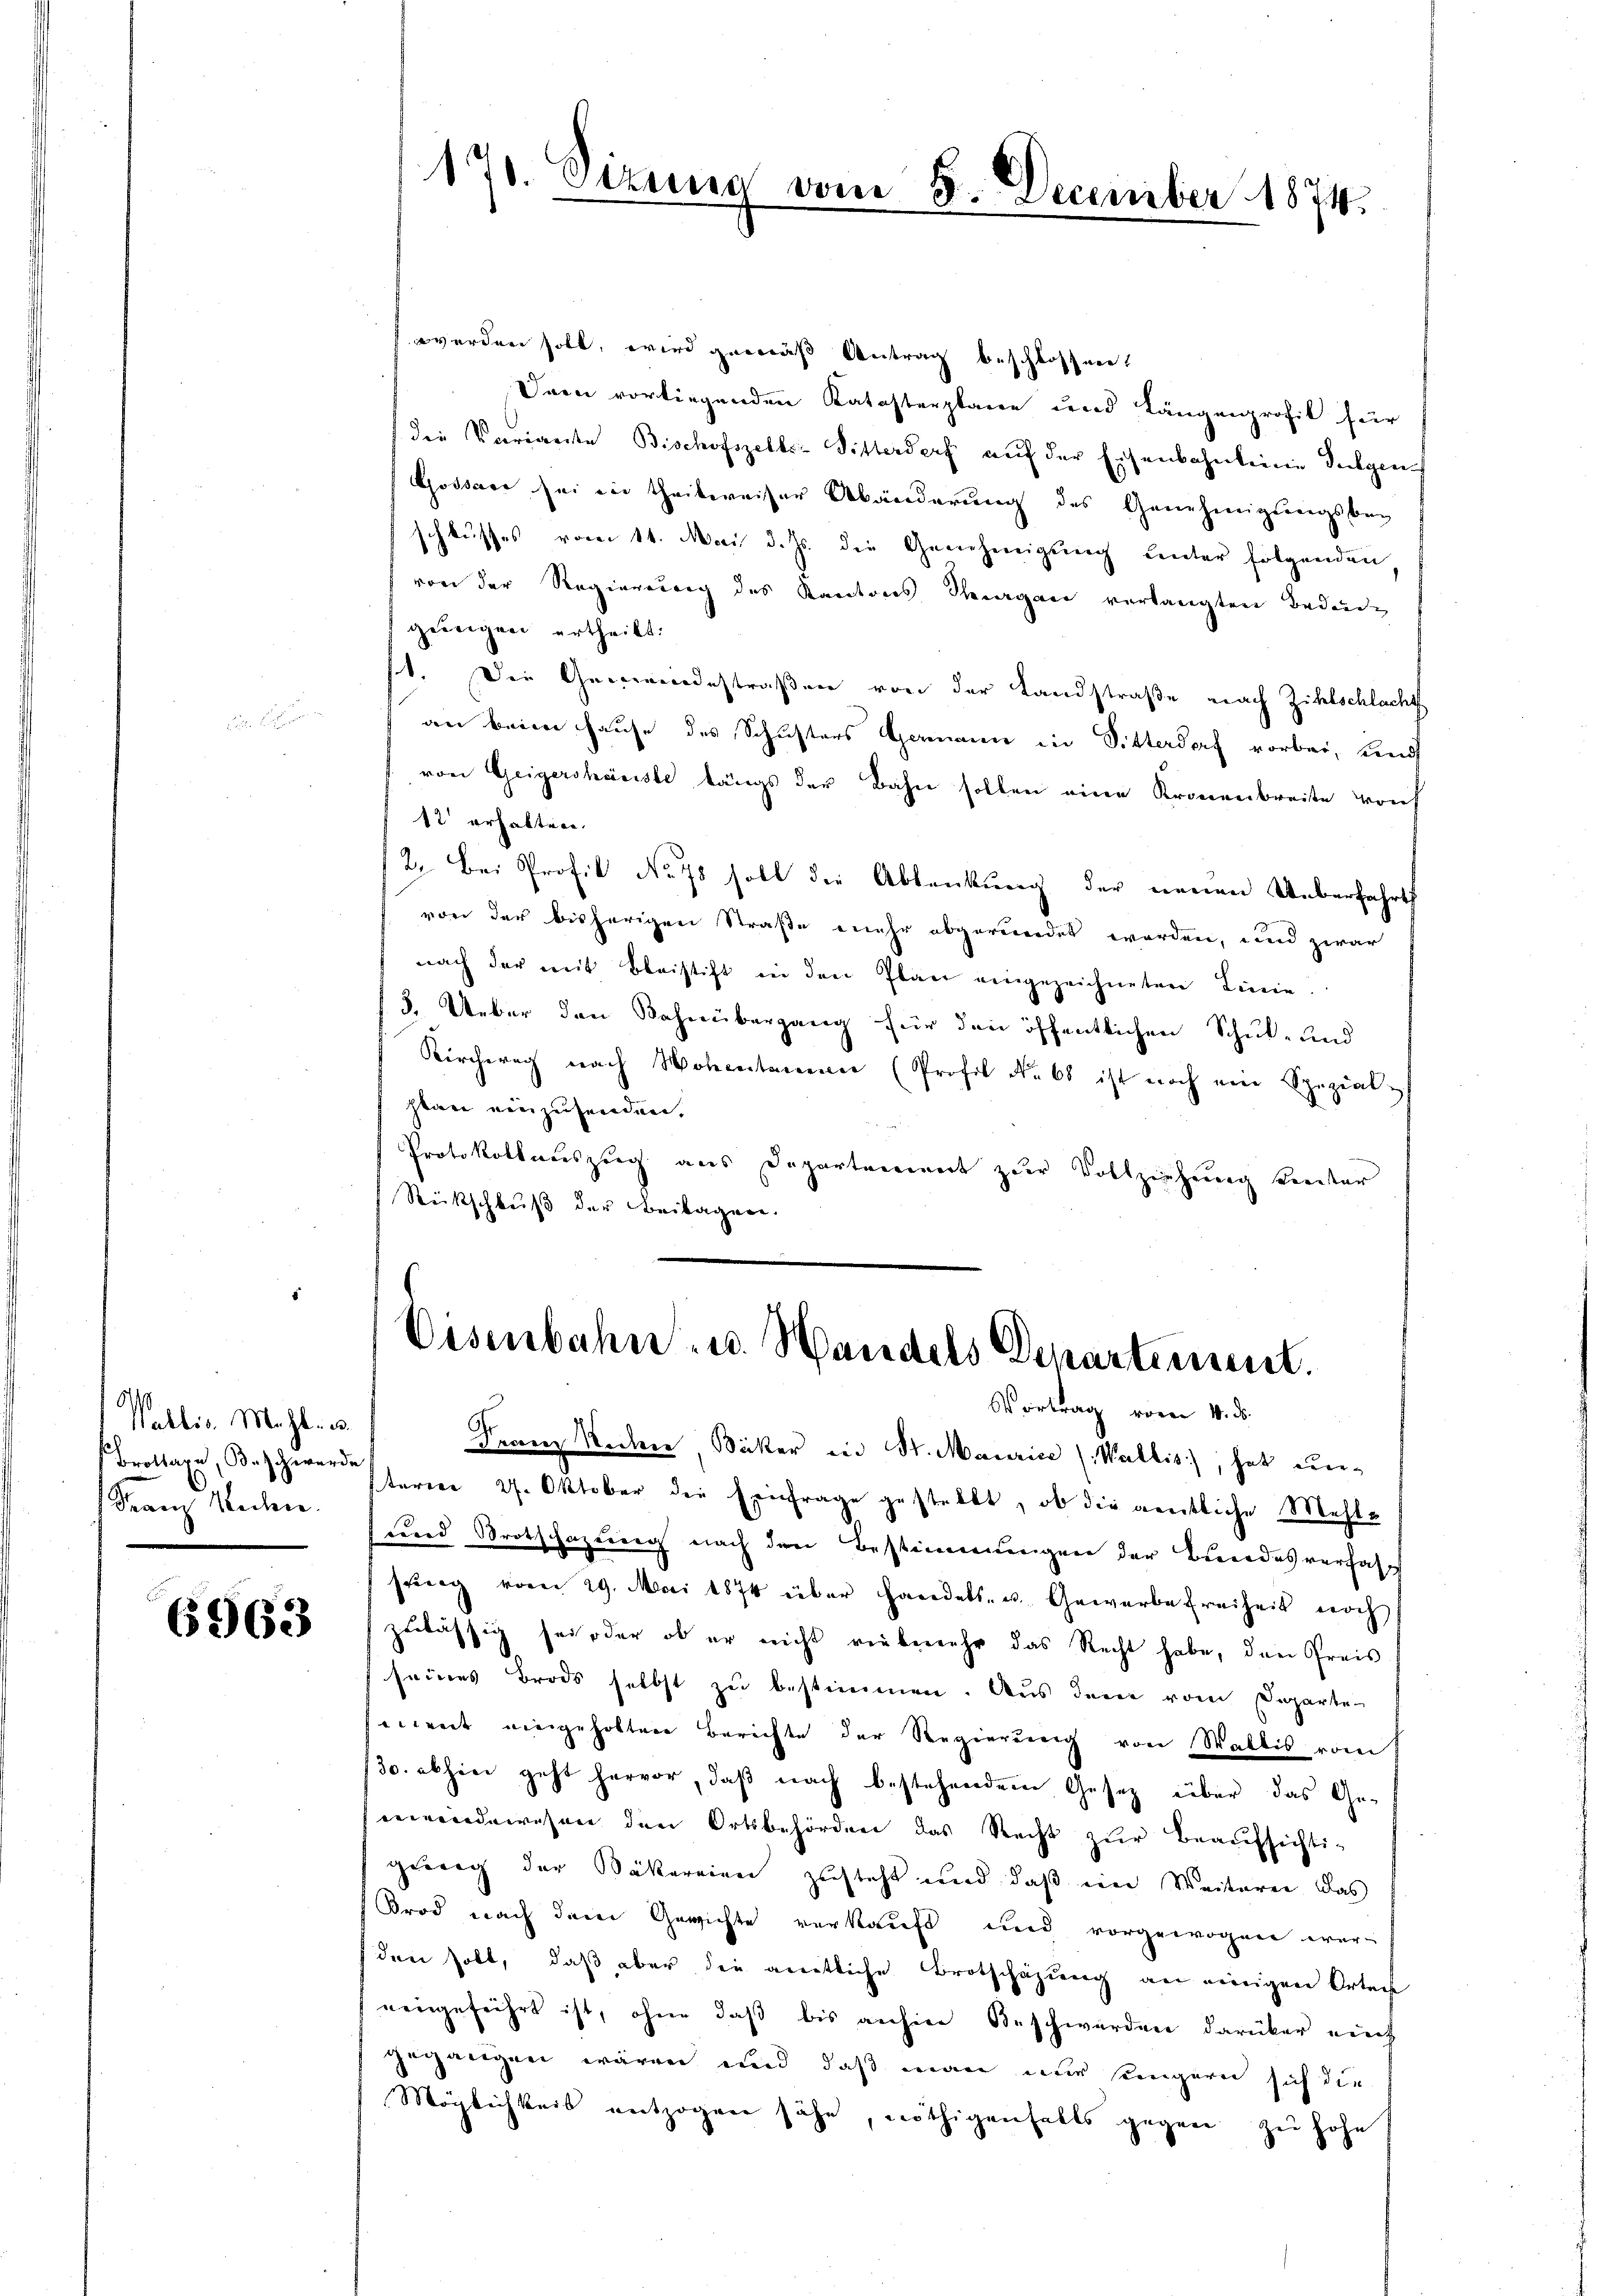
Wallis, Mahl u.
Brottare, Bd. Ich werde
Franz sehen.

6963

werden soll, wird gemäß Antrag beschlossen.
Dann vorliegenden Katasterplane und Längenprofil für
die Variante Bischofszelks-Sitterdorf auf der Eisenbahnleine Dulgen¬
Gossari sei in theilweiser Abänderung des Genehmigungsbeg
schlusses vom 14. Mai d. Js. die Genehmigŭng ŭnter folgenden
von der Regierung des Kantons Sargau verlangten Bedende
geeigen ertheilt.
Die Gemeindestraßen von der Landstraße nach Zihlschlacht
an beim Hause des Schusters Hamann in Sitterdorf vorbei, und
von Geigersheriste längs der Bahn sollen eine Kronenbreite von
12 erhalten.
2. Bei Profit No. 78 soll die Ablenkung der neuen Ueberfahrts
von der bisherigen Straße mehr abgerundet werden, und zwar
nach der mit Bleistift in den Plan eingezeichneten Linie.
3. Ueber den Bahnübergang für den öffentlichen Schul- und
Kirchweg nach Notentamen (Profil Nabt ist noch ein Spezial-
stan einzusenden.
Protokollauszug aus Departement zur Vollziehung Kreister
Rückschluß der Beilagen.

17. dirung

vom 8. December 1874.

Eisenbahn u. Handels Departement.
Vortrag vom 4. ds.

Franz Redene Bicker in St. Maurice (Wallis), hat unterien 27. Oktober die Einfrage gestellt, ob die gentliche Mehle
und Brotschazung nach den Bestimmungen der Bundesverfass
sŭng vom 29. Mai 1874 über Handels- u. Gewerbe freiheit noch
zulässig sei oder ob er nicht riebemehr das Recht habe, den Preis
seines Brods selbst zu bestimmen. Aus dem vom Departe
erweit eingeholten Berichte der Regierung von Wallis vom
130. abhin geht hervor, daß nach bestehendem Gesetz über das Ge-
meindewesen den Ortsbehörden das Recht zur Beaufsichti-
gewig der Bäkereien zusteht und daß ein Weiterei das
Brod nach dem Gewichte verkauft und vorgewogen wer-
den soll, daß aber die amtliche Brotschazung an einigen Ortech
eingeführt ist, ohne daß bis aufen Beschwerden darüber eint
gegangen wären und daß man mir engern sich die
Möglichkeit entzogen sähe, nöthigenfalls gegen zu hohe